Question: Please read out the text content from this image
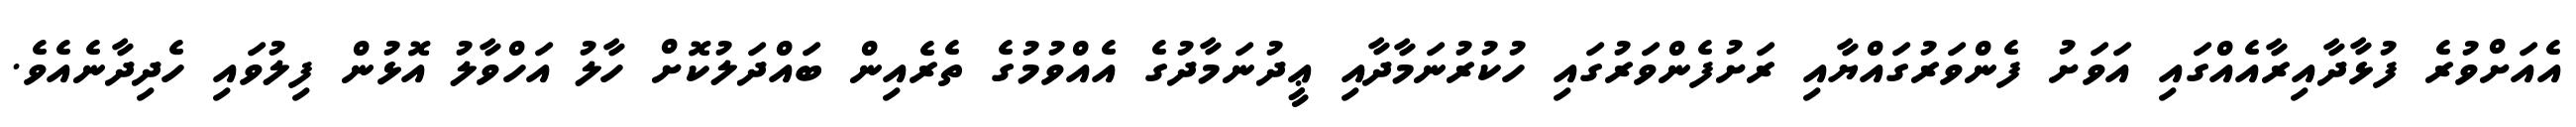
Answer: އެއަށްވުރެ ފުޅާދާއިރާއެއްގައި އަވަށު ފެންވަރުގައްޔާއި ރަށުފެންވަރުގައި ހުކުރުނަމާދާއި ޢީދުނަމާދުގެ އެއްވުމުގެ ތެރެއިން ބައްދަލުކޮށް ހާލު އަހްވާލު އޮޅުން ފިލުވައި ހެދިދާނެއެވެ.